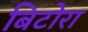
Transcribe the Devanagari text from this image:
बिटोरा